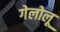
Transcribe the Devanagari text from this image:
गेलोलू